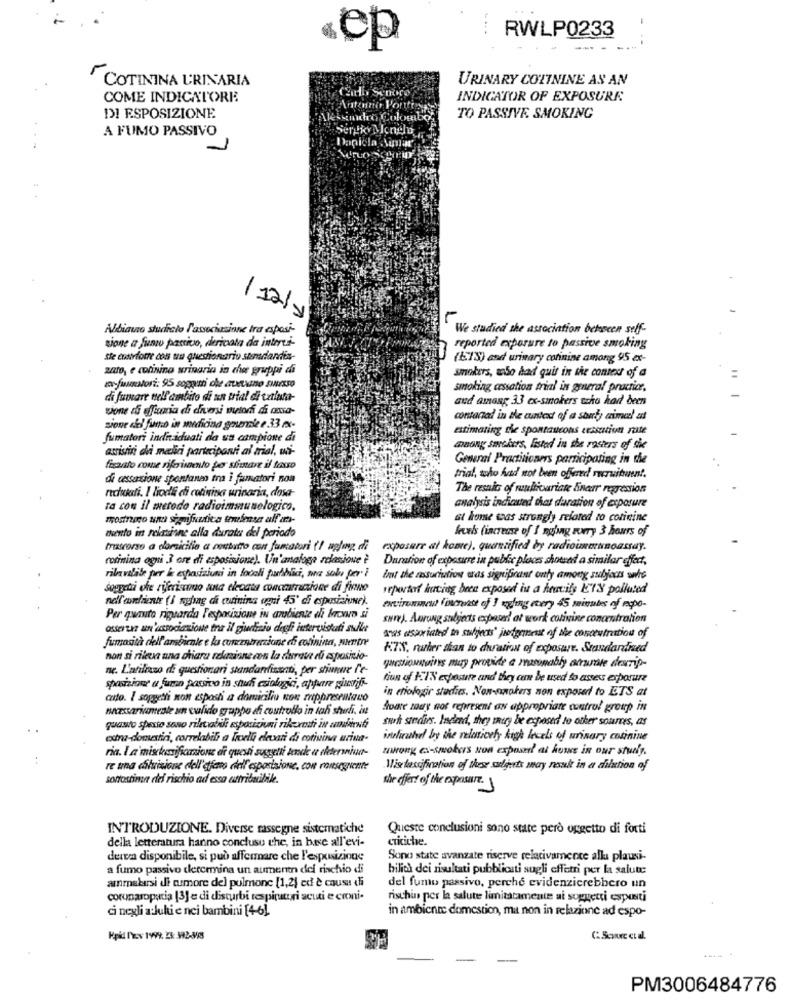
RWLP0233
ep
COTININA URINARIA
URINARY COTININE AS AN
COME INDICATORE
Cadb Sonoro
INDICATOR OF EXPOSURE
Antonia Portis
DI ESPOSIZIONE
TO PASSIVE, SMOKING
A FUMO PASSIVO
Daniela Mimar
/12/1
Albiano studiato l'associazione tra esposi-
We studied the association betscen seff-
sione a funto passivo, derivata da intervi-
reported exporare to passive smoking
Ste cukrforre cos un questionario surlardia-
(ETS) and urinary connine among 95 ex-
zato, e colinino urinaria in che gruppi di
smokers, uso had quit in the context of a
to funtori: 95 sopomi che avevano sMusso
smoking cessation trial in general practice,
di fumare nell'ambito di an trial di tatiata-
aud among 3.3 ex-smokers szko had been
vone di fumia di chivesi wutori di axxa-
contacal in the antext of a start, aimal at
sione del furto in medicina generale e 33 mx-
estimating che spontantcons cessation rate
fumatori individuali da ua campione di
atristiri dei medici partecipanti al trial, wi-
tuong savchers, listed in the rosters of the
General Practitioners participating in the
ficato come riferimento per siimare il taxso
di cessazione spontaneo tra i fumatori non
trial, toho had not been offered recruitment.
The resals of multivariate linear regression
nechati. I liodi cti cotinina urinaria, dosa-
Ta con il metodo radioimmunologico.
analysis indicated that duration of exposure
mostnaco una significativa temulesz all'art-
at home was strongly related to cotinine
thento in reliinne alla durata del periodo
levels (increase of 1 ngong sorry 3 hours of
trascorso a domicilio a contatto con fumatori (! uglong, di
exposure at komte), quantified by radiouneunoassay.
rofinina ogni 3 ore di esposizione). Un'analoge relazione è
Duration of exposure in public places showed a similar effort,
rilavalale per le esposizioni in locali pubblici, ma sol fer" }
Int the rassuriution eras significant only among suljours who
soggetti che riferiscono anta elecata concentrazione di finne
seportof having been exposed iu a heavily EIN polluted
nell'andiente (i nghag di corinina ogni 45' di esposizione).
environment (increase of 3 ayling every 45 minutes of respo-
Per quanto riguarda l'esposizione in ambiente di brown si
sure). Awrung subjects exposer! at work colivine concentration
osterune un'associazione tra il giudizio degli intervistati sulla
fumasità cell ambiente e lu comzntrazione chi colinina, mentre
anas asporiated to subjects" jugement of the concentration of
KTS, rather than to duration of exposure. Standardised
non si rileva una chiara reknione con la durave rů esposizio-
ne. L'atilcaso di questionari standarfissati, per stiunue l'e-
questionssines muy provide a manomably atuale desrip-
tion of FIN exposure and they can be used to assess exposure
sposizione a furn passivo in shuh cziologici, appare giuvif-
in etiologir studies. Non-smokers non exposed to ETS at
cato. I soggetti non esposti a domicilio non mppresentano
necessariamente un culido gruppo di controllo in tah shirli, in
Aoare tady not represent an appropriate control group in
twh szedies. Indeed, they miry be exposed to other sources, as
quanto spesso sono rile abili esposizioni rikerti in ambienti
extra-domestici, correlabili a livelli elevati di cotivina urina-
instructed by the relatively high levels of urinary cotinine
ria. I a'mischiasifiazione di questi sugyeti tende a ileterniwar-
awrong ex-smokers son expost at howe in our stuely.
re tina diluizione dell'dfato dell esposizione, con ronseggiente
Wis tascification of these sulguts may result in a dilution of
sottostinne del rischio ad essa attribuciliile.
the offert of the expasare.
INTRODUZIONE. Diverse rassegne sistematiche
Queste conclusioni sono state però oggetto di forti
della letteratura hanno concluso the, in base all'evi-
critiche.
deresa disponibile, si può affermare che l'esposizione
Sono state avanzate riserve relativamente alla plausi-
a fumo passivo determina un aumento del rischio di
bilità dei risultati pubblicati sugli effetri per la salute
ammalarsi di tumore del pulmone [1,2) ed è causa di
del fumo passivo, perché evidenzierebbero un
corunaropacia [3] e di disturbi tespitutri acuti e croni-
rischin per la salute limitatamente ai soggetti esposti
ci negli aduki e nei bambini [4-6].
in ambiente domestico, ma non in relazione ad espo-
Kpid Prov 1999. 23: 392-345
CScuc cia.
PM3006484776